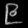
Digit: ၉